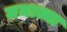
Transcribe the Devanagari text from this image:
ममात्मा